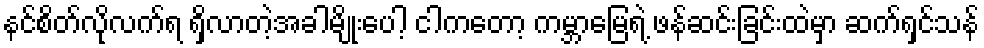
နင်စိတ်လိုလက်ရ ရှိလာတဲ့အခါမျိုးပေါ့ ငါကတော့ ကမ္ဘာမြေရဲ့ ဖန်ဆင်းခြင်းထဲမှာ ဆက်ရှင်သန်